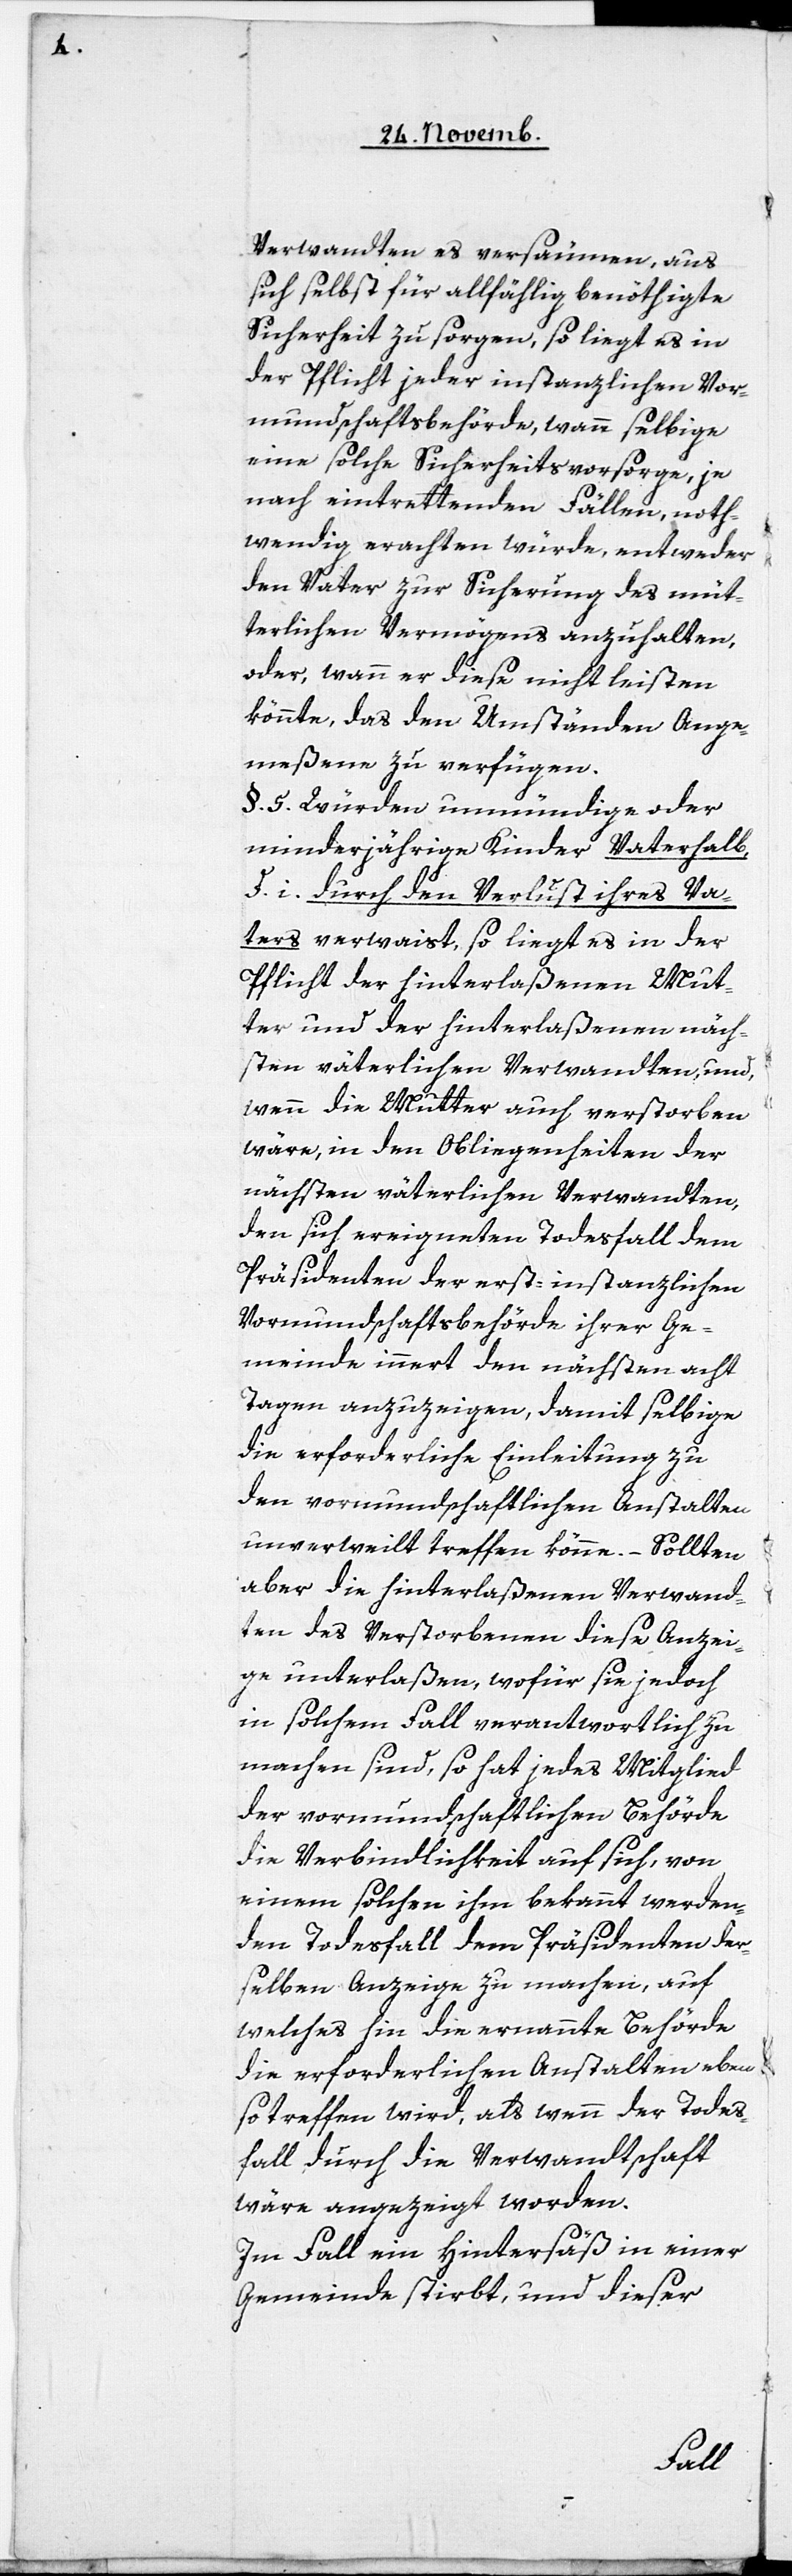
Verwandten es versäumen, aus
sich selbst für allfählig benöthigte
Sicherheit zu sorgen, so liegt es in
der Pflicht jeder instanzlichen Vor¬
mundschaftsbehörde, wann selbige
eine solche Sicherheitsvorsorge, je
nach eintrettenden Fällen, noth¬
wendig erachten würde, entweder
den Vater zur Sicherung des müt¬
terlichen Vermögens anzuhalten,
oder, wann er diese nicht leisten
könnte, das den Umständen Ange¬
meßene zu verfügen.
§. 5. Würden unmündige oder
minderjährige Kinder Vaterhalb,
d. i. durch den Verlust ihres Va¬
ters verwaist, so liegt es in der
Pflicht der hinterlaßenen Mut¬
ter und der hinterlaßenen näch¬
sten väterlichen Verwandten, und,
wenn die Mutter auch verstorben
wäre, in den Obliegenheiten der
nächsten väterlichen Verwandten,
den sich ereigneten Todesfall dem
Präsidenten der erst-instanzlichen
Vormundschaftsbehörde ihrer Ge¬
meinde innert den nächsten acht
Tagen anzuzeigen, damit selbige
die erforderliche Einleitung zu
den vormundschaftlichen Anstalten
unverweilt treffen könne. – Sollten
aber die hinterlaßenen Verwand¬
ten des Verstorbenen diese Anzei¬
ge unterlaßen, wofür sie jedoch
in solchem Fall verantwortlich zu
machen sind, so hat jedes Mitglied
der vormundschaftlichen Behörde
die Verbindlichkeit auf sich, von
einem solchen ihm bekannt werden¬
den Todesfall dem Präsidenten der¬
selben Anzeige zu machen, auf
welches hin die ernannte Behörde
die erforderlichen Anstalten eben
so treffen wird, als wenn der Todes¬
fall durch die Verwandtschaft
wäre angezeigt worden.
Im Fall ein Hintersäß in einer
Gemeinde stirbt, und dieser